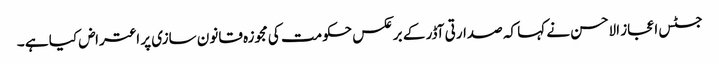
جسٹس اعجاز الاحسن نے کہا کہ صدارتی آڈر کے برعکس حکومت کی مجوزہ قانون سازی پر اعتراض کیا ہے ۔